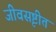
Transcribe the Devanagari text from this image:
जीवसृष्टीत